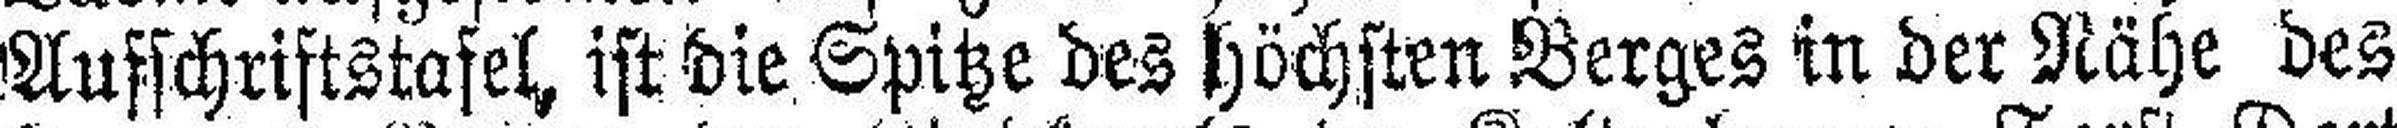
Ausschriftstafel ist die Spitze des höchsten Berges in der Nähe des